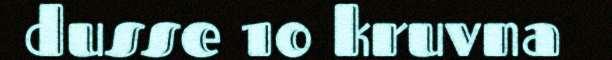
dusse 10 kruvna